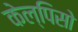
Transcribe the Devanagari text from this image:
केल्पिसो